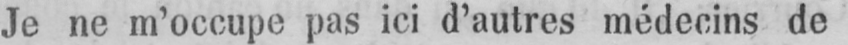
Je ne m’occupe pas ici d’autres médecins de